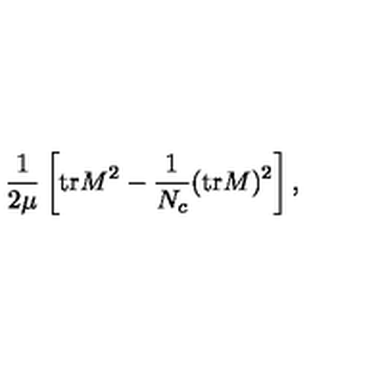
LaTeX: \frac { 1 } { 2 \mu } \left[ \mathrm { t r } M ^ { 2 } - \frac { 1 } { N _ { c } } ( \mathrm { t r } M ) ^ { 2 } \right] ,